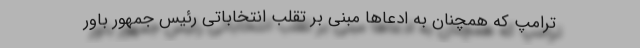
ترامپ که همچنان به ادعاها مبنی بر تقلب انتخاباتی رئیس جمهور باور